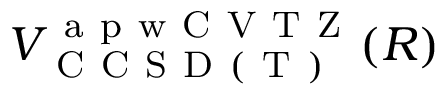
V _ { \mathrm { ~ C ~ C ~ S ~ D ~ ( ~ T ~ ) ~ } } ^ { \mathrm { ~ a ~ p ~ w ~ C ~ V ~ T ~ Z ~ } } ( R )